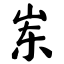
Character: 岽